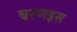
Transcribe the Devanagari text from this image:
चरणइस